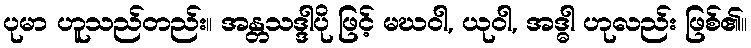
ပုမာ ဟူသည်တည်း။ အန္တသဒ္ဒါပို ဖြင့် မဃဝါ, ယုဝါ, အဒ္ဓါ ဟုလည်း ဖြစ်၏။